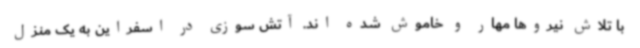
با تلاش نیروها مهار و خاموش شده اند. آتش سوزی در اسفراین به یک منزل